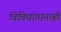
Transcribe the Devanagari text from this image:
विविधांगांनाही